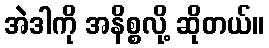
အဲဒါကို အနိစ္စလို့ ဆိုတယ်။